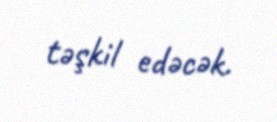
təşkil edəcək.